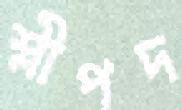
শ্লীপদ